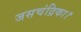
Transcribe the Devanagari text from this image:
जसचंद्रिका।